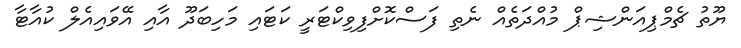
ޔޫތު ޗެމްޕިއަންޝިޕް މުއްދަތެއް ނެތި ފަސްކޮށްފިވިކްޓަރީ ކަޓައި މަހިބަދޫ އާއި އޭވައިއެލް ކުއާޓާ